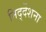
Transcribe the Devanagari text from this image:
निर्द्देशना